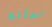
اسأله